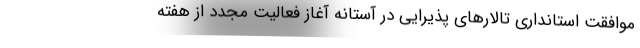
موافقت استانداری تالارهای پذیرایی در آستانه آغاز فعالیت مجدد از هفته